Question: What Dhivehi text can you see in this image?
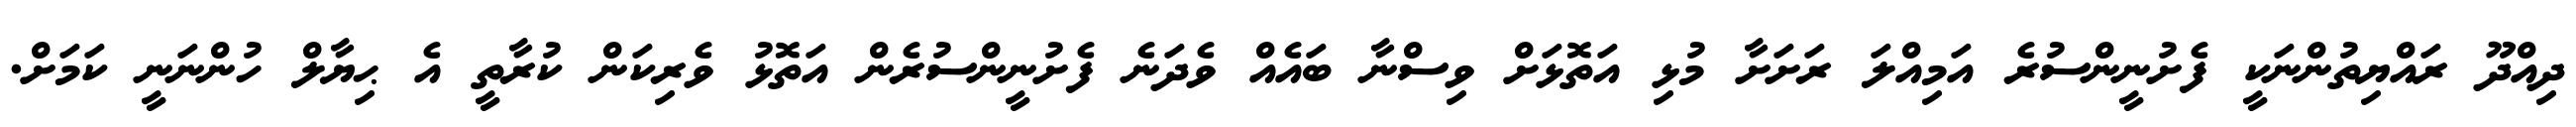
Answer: ދިއްދޫ ރައްޔިތުންނަކީ ފެށުނީންސުރެ އަމިއްލަ ރަށަށާ މުޅި އަތޮޅަށް ވިސްނާ ބައެއް ވެދަނެ ފެށުނީންސުރެން އަތޮޅު ވެރިކަން ކުރާތީ އެ ޙިޔާލް ހުންނަނީ ކަމަށް.